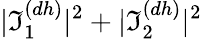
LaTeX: |\mathfrak{I}_{1}^{(dh)}|^{2}+|\mathfrak{I}_{2}^{(dh)}|^{2}